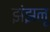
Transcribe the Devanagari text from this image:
झंझनू